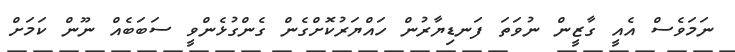
ނަމަވެސް އެއީ ގާޒީން ނުވަތަ ފަނޑިޔާރުން ހައްޔަރުކޮށްގެން ގެންގުޅެންވީ ސަބަބެއް ނޫން ކަމަށް